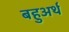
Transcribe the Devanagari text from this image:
बहुअर्थ